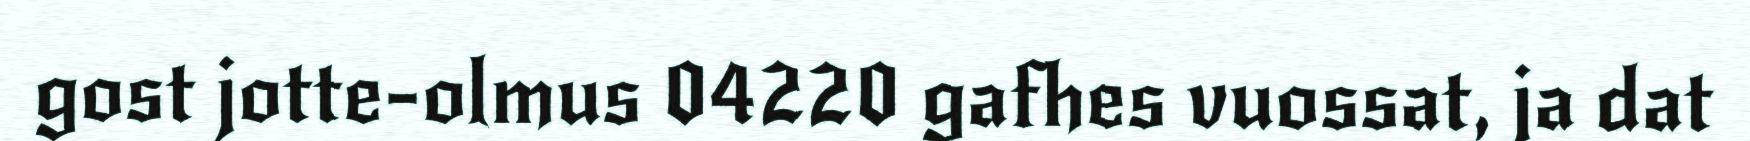
gost jotte-olmus 04220 gafhes vuossat, ja dat